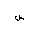
Letter: _sin